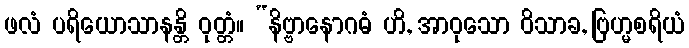
ဖလံ ပရိယောသာနန္တိ ဝုတ္တံ။ “နိဗ္ဗာနောဂဓံ ဟိ, အာဝုသော ဝိသာခ, ဗြဟ္မစရိယံ